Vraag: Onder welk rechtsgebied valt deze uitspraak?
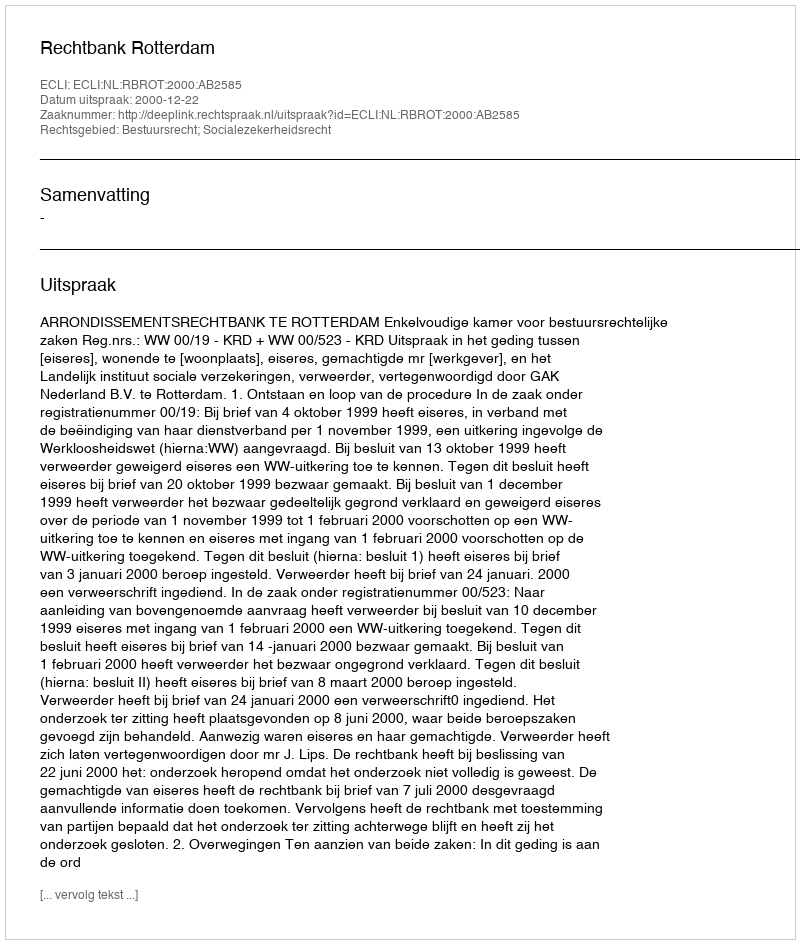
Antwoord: Bestuursrecht; Socialezekerheidsrecht